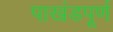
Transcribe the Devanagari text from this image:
पाखंडपूर्ण